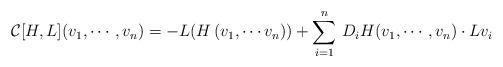
LaTeX: \begin{align*}\mathcal{C}[H, L](v_{1}, \cdots, v_{n})= - L ( H \left( v_{1}, \cdots v_{n}\right))+ \sum_{i=1}^n \, D_{i} H( v_{1}, \cdots, v_{n}) \cdot L v_{i}\end{align*}